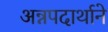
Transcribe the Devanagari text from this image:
अन्नपदार्थाने